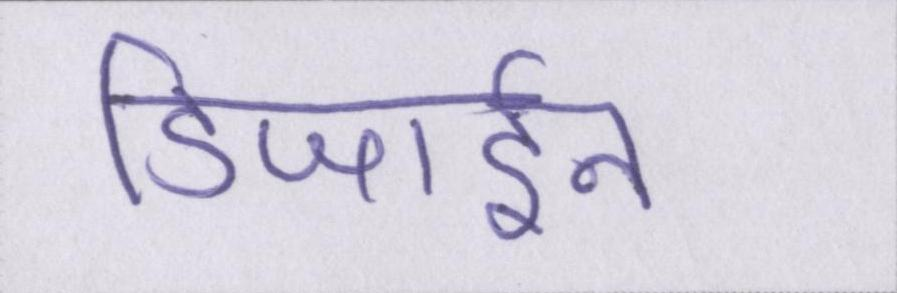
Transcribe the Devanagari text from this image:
डिजाईन